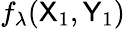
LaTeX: f_{\lambda}({\sf X}_{1},{\sf Y}_{1})